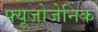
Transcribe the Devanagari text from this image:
फ्यूजोजेनिक